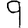
Digit: 9